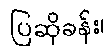
ပြဆိုခန်း၊